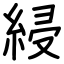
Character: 綅